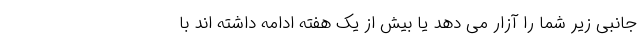
جانبی زیر شما را آزار می دهد یا بیش از یک هفته ادامه داشته اند با